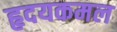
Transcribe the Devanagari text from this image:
हृदयकमल